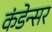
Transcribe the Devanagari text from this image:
कंडेन्सर